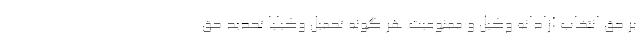
بر حق انتخاب آزادانه وکیل و ممنوعیت هر گونه تحمیل وکیلیا تحدید حق